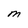
Character: M